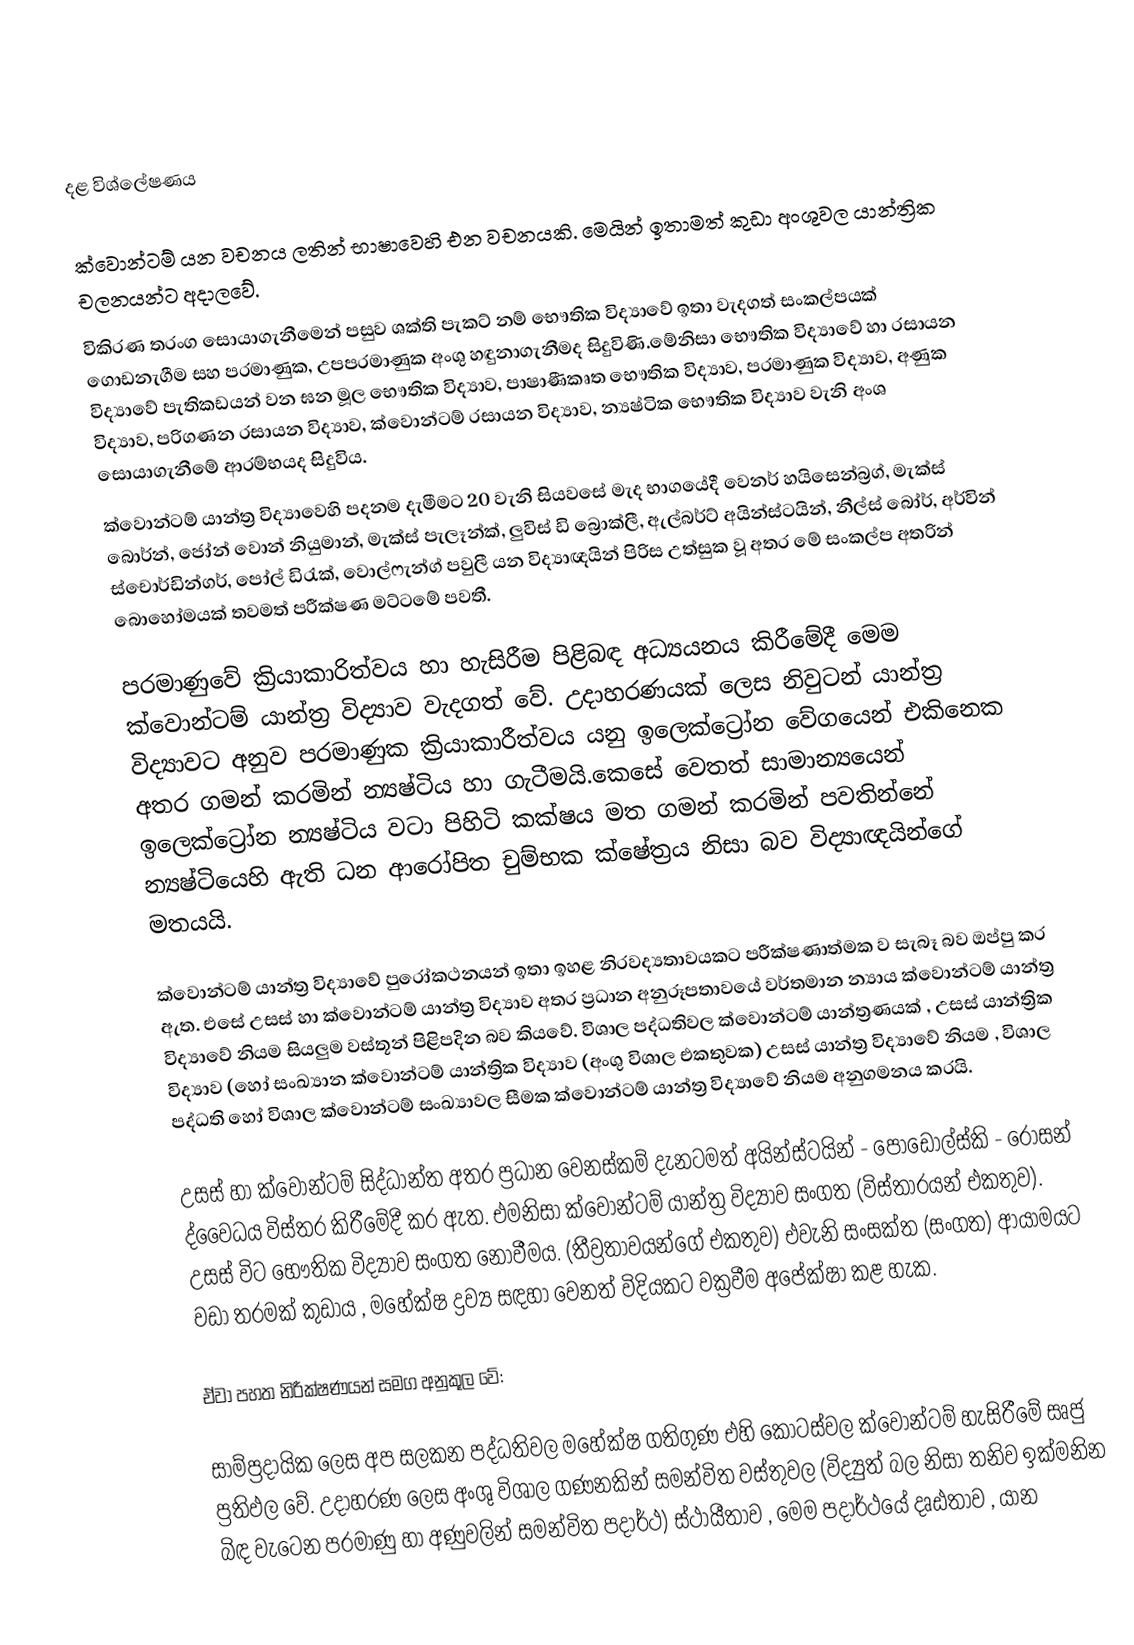

දළ විශ්ලේෂණය

ක්වොන්ටම් යන වචනය ලතින් භාෂාවෙහි එන වචනයකි. මෙයින් ඉතාමත් කුඩා අංශුවල යාන්ත්‍රික චලනයන්ට අදාලවේ.
විකිරණ තරංග සොයාගැනීමෙන් පසුව ශක්ති පැකට් නම් භෞතික විද්‍යාවේ ඉතා වැදගත් සංකල්පයක් ගොඩනැගීම සහ පරමාණුක, උපපරමාණුක අංශු හඳුනාගැනීමද සිදුවිණි.මේනිසා භෞතික විද්‍යාවේ හා රසායන විද්‍යාවේ පැතිකඩයන් වන ඝන මූල භෞතික විද්‍යාව, පාෂාණීකෘත භෞතික විද්‍යාව, පරමාණුක විද්‍යාව, අණුක විද්‍යාව, පරිගණන රසායන විද්‍යාව, ක්වොන්ටම් රසායන විද්‍යාව, න්‍යෂ්ටික භෞතික විද්‍යාව වැනි අංශ සොයාගැනීමේ ආරම්භයද සිදුවිය.
ක්වොන්ටම් යාන්ත්‍ර විද්‍යාවෙහි පදනම දැමීමට 20 වැනි සියවසේ මැද භාගයේදී වෙනර් හයිසෙන්බ්‍රග්, මැක්ස් බොර්න්, ජෝන් වොන් නියුමාන්, මැක්ස් පැලෑන්ක්, ලුවිස් ඩි බ්‍රොක්ලී, ඇල්බර්ට් අයින්ස්ටයින්, නීල්ස් බෝර්, අර්වින් ස්චොර්ඩින්ගර්, පෝල් ඩිරැක්, වොල්ෆැන්ග් පවුලී යන විද්‍යාඥයින් පිරිස උත්සුක වූ අතර මේ සංකල්ප අතරින් බොහෝමයක් තවමත් පරීක්ෂණ මට්ටමේ පවතී.

පරමාණුවේ ක්‍රියාකාරිත්වය හා හැසිරීම පිළිබඳ අධ්‍යයනය කිරීමේදී මෙම ක්වොන්ටම් යාන්ත්‍ර විද්‍යාව වැදගත් වේ. උදාහරණයක් ලෙස නිවුටන් යාන්ත්‍ර විද්‍යාවට අනුව පරමාණුක ක්‍රියාකාරීත්වය යනු ඉලෙක්ට්‍රෝන වේගයෙන් එකිනෙක අතර ගමන් කරමින් න්‍යෂ්ටිය හා ගැටීමයි.කෙසේ වෙතත් සාමාන්‍යයෙන් ඉලෙක්ට්‍රෝන න්‍යෂ්ටිය වටා පිහිටි කක්ෂය මත ගමන් කරමින් පවතින්නේ න්‍යෂ්ටියෙහි ඇති ධන ආරෝපිත චුම්භක ක්ෂේත්‍රය නිසා බව විද්‍යාඥයින්ගේ මතයයි.

ක්වොන්ටම් යාන්ත්‍ර විද්‍යාවේ පුරෝකථනයන් ඉතා ඉහළ නිරවද්‍යතාවයකට පරීක්ෂණාත්මක ව සැබෑ බව ඔප්පු කර ඇත. එසේ උසස් හා ක්වොන්ටම් යාන්ත්‍ර විද්‍යාව අතර ප්‍රධාන අනුරූපතාවයේ වර්තමාන න්‍යාය ක්වොන්ටම් යාන්ත්‍ර විද්‍යාවේ නියම සියලුම වස්තූන් පිළිපදින බව කියවේ. විශාල පද්ධතිවල ක්වොන්ටම් යාන්ත්‍රණයක් , උසස් යාන්ත්‍රික විද්‍යාව (හෝ සංඛ්‍යාන ක්වොන්ටම් යාන්ත්‍රික විද්‍යාව (අංශු විශාල එකතුවක) උසස් යාන්ත්‍ර විද්‍යාවේ නියම , විශාල පද්ධති හෝ විශාල ක්වොන්ටම් සංඛ්‍යාවල සීමක ක්වොන්ටම් යාන්ත්‍ර විද්‍යාවේ නියම අනුගමනය කරයි.

උසස් හා ක්වොන්ටම් සිද්ධාන්ත අතර ප්‍රධාන වෙනස්කම් දැනටමත් අයින්ස්ටයින් - පොඩොල්ස්කි - රොසන් ද්වෛධය විස්තර කිරීමේදී කර ඇත. එමනිසා ක්වොන්ටම් යාන්ත්‍ර විද්‍යාව සංගත  (විස්තාරයන් එකතුව). උසස් විට ‍භෞතික විද්‍යාව සංගත නොවීමය. (තීව්‍රතාවයන්ගේ එකතුව) එවැනි සංසක්ත (සංගත) ආයාමයට වඩා තරමක් කුඩාය , මහේක්ෂ ද්‍රව්‍ය  සඳහා වෙනත් විදියකට වක්‍රවීම අපේක්ෂා කළ හැක.

ඒවා පහත නිරීක්ෂණයන් සමග අනුකූල වේ:

සාම්ප්‍රදායික ලෙස අප සලකන පද්ධතිවල මහේක්ෂ ගතිගුණ එහි කොටස්වල ක්වොන්ටම් හැසිරීමේ සෘජු ‍ප්‍රතිඵල වේ. උදාහරණ ලෙස අංශු විශාල ගණනකින් සමන්විත වස්තුවල (විද්‍යුත් බල නිසා තනිව ඉක්මනින‍් බිඳ වැටෙන පරමාණු හා අණුවලින් සමන්විත පදාර්ථ) ස්ථායීතාව , මෙම පදාර්ථයේ දෘඪතාව , යාන